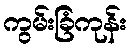
ကွမ်းခြံကုန်း